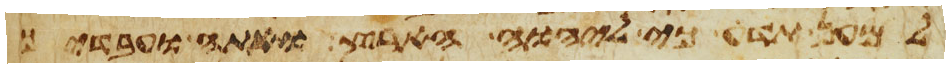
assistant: למען תדע כי ליהוה הארץ ואתה ועבדיך